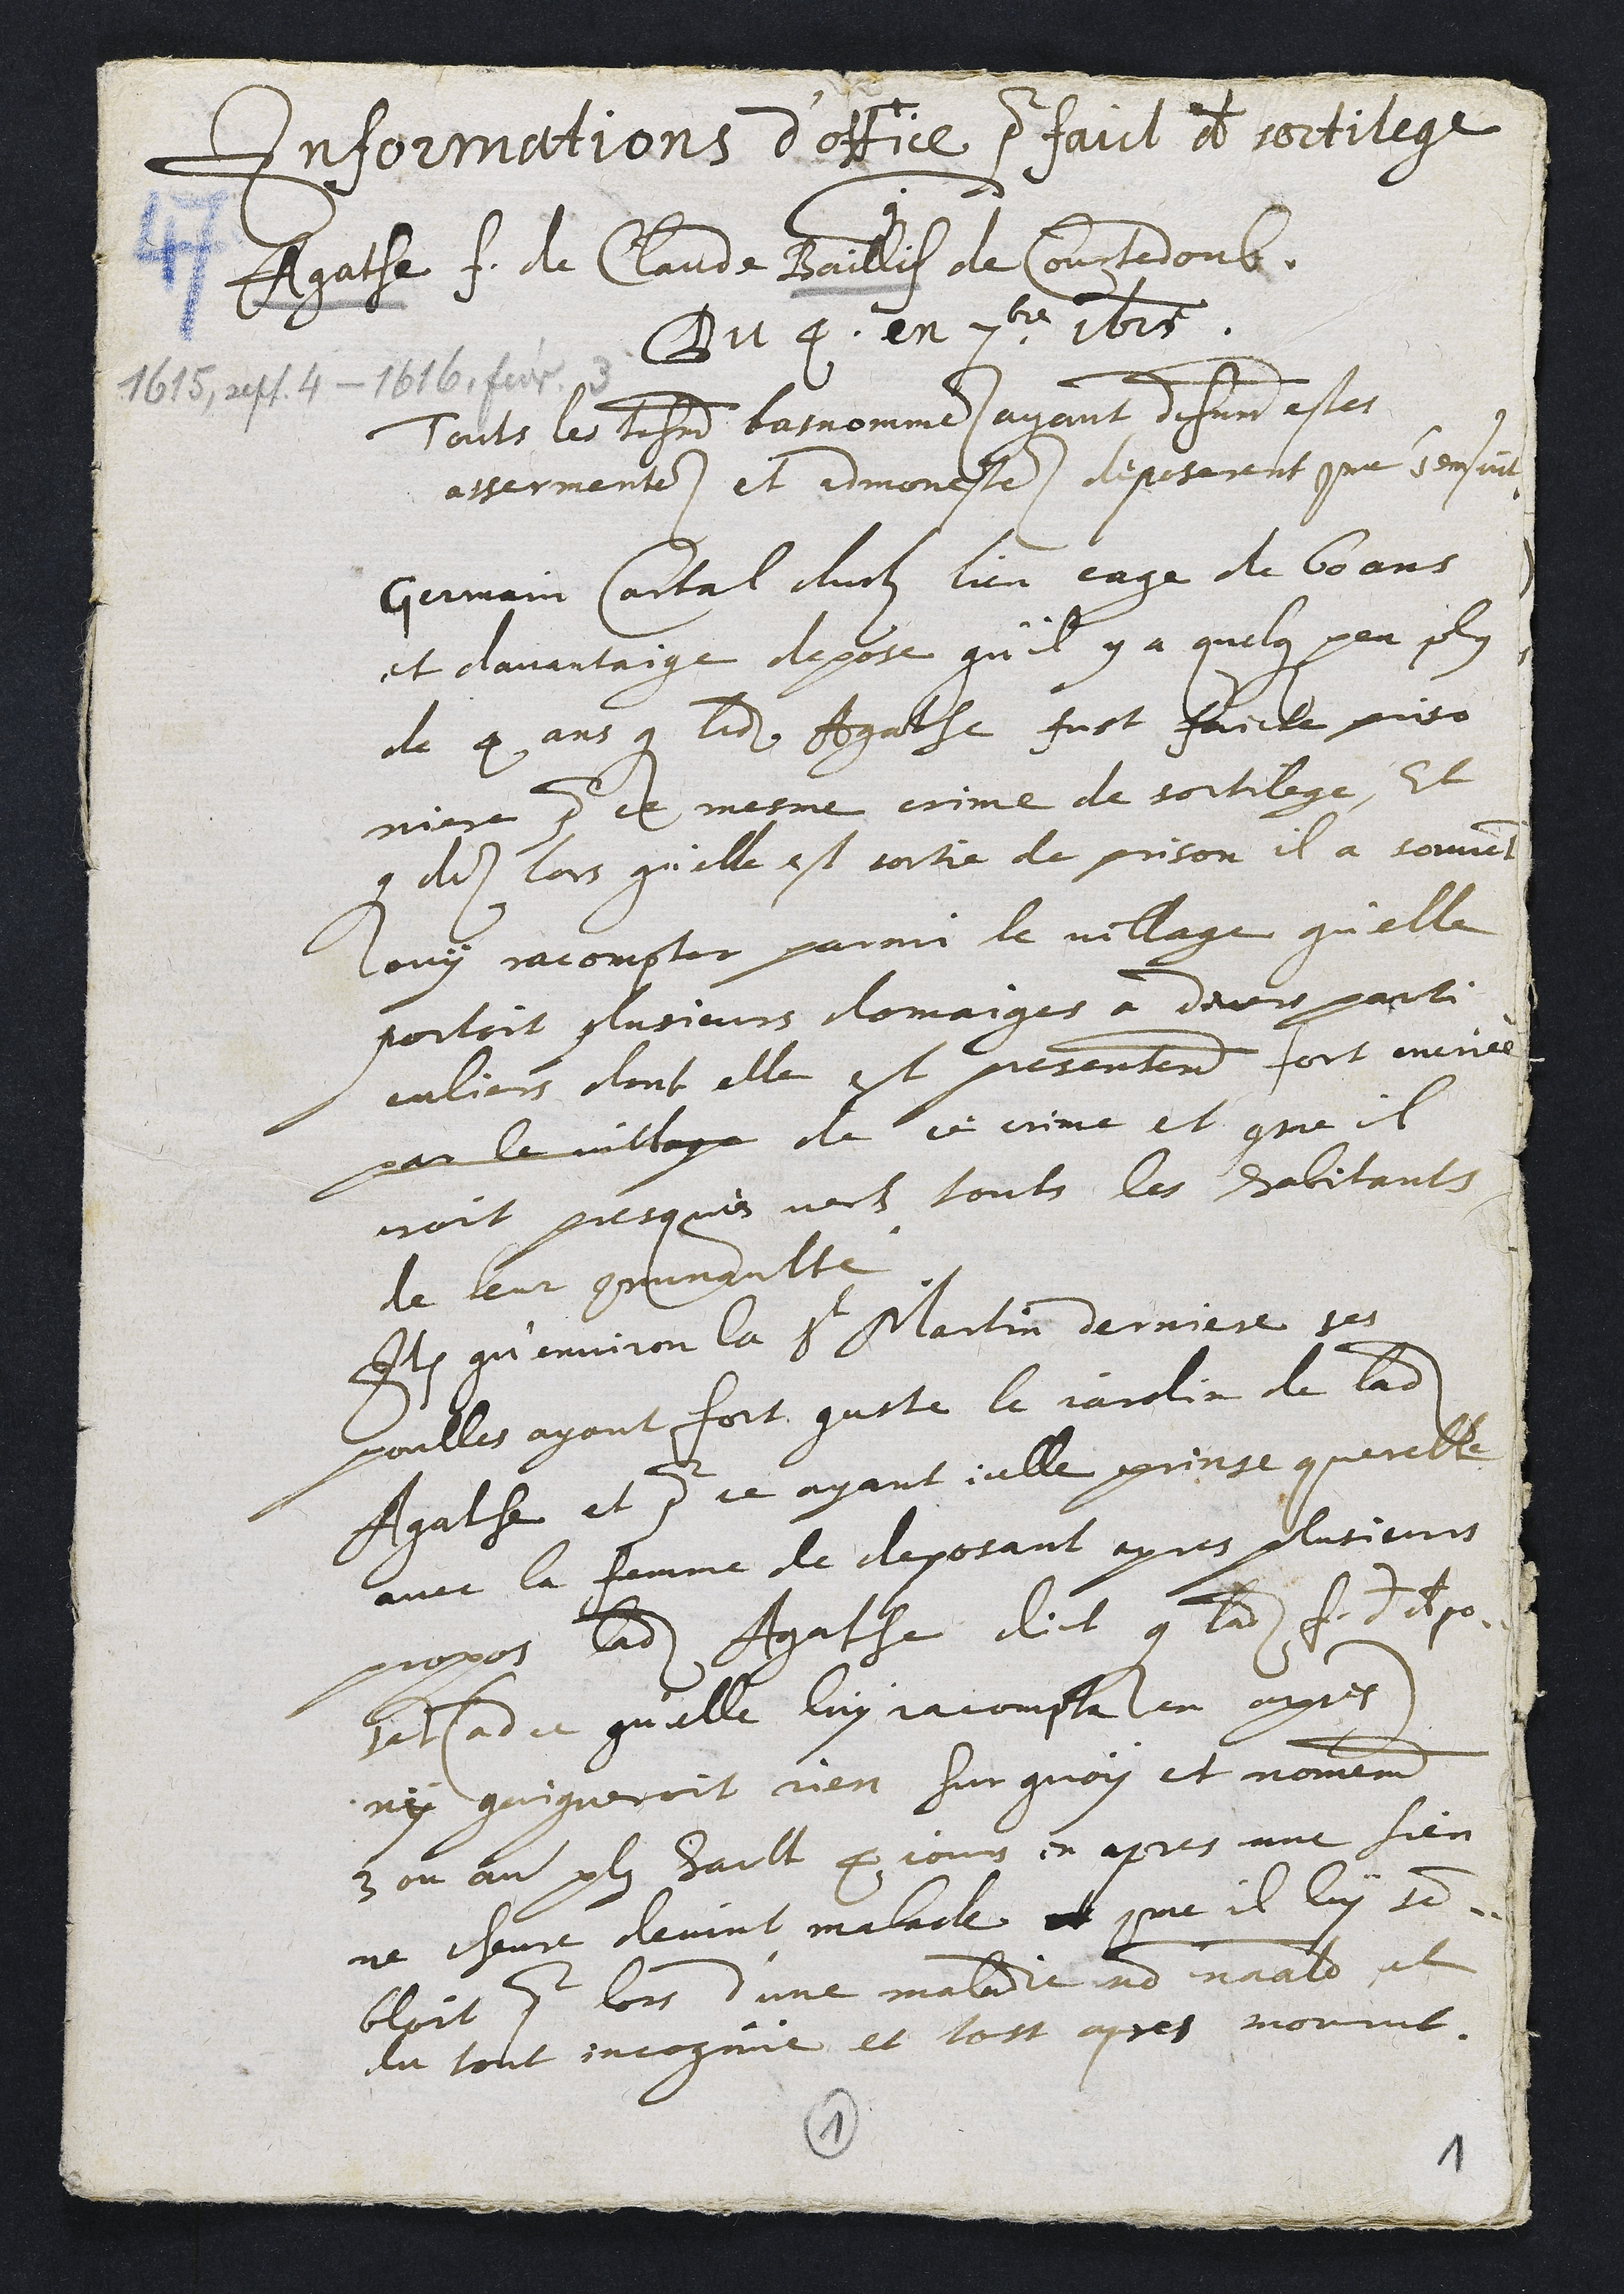
+
1615, sept. 4 - 1616, févr. 3
Informations d'office pour faict de sortilege
contre
Agathe f. de Claude Baillif de Courtedoub
Du 4. en 7bre 1625.
Touts les tesmoins basnommes ayant dehument estes
assermentes et admonestes deposerent comme s'ensuit
Germain Cartal dudit lieu eage de 60 ans
et davantaige depose qu'il y a quelque peu plus
de 4 ans que ladite Agathe fust faicte priso
niere pour ce mesme crime de sortilege, Et
que des lors qu'elle est sortie de prison il a souvent
ouy racompter parmi le village qu'elle
portoit plusieurs domaiges a divers parti
culiers dont elle est presentement fort encriée
par le village de ce crime et comme il
croit presques vers touts les habitants
de leur communaulté
Item qu'environ la St Martin derniere ses
poulles ayant fort guate le jardin de ladite
Agathe et pour ce ayant icelle prinse querelle
avec la femme de deposant apres plusieurs
propos ladite Agathe dict que ladite f. dudit depo
sant (ad ce qu'elle luy racompta en apres)
ny gaigneroit rien sur quoy et nomement
3 ou au plus hault 4 jours en apres une sien
ne chevre devint malade et comme il luy sem
bloit pour lors d'une maladie non naturelle et
du tout incognue et tost apres mourut.